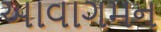
આવાગમન